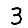
Digit: 3